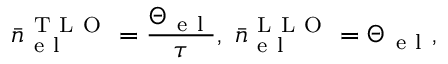
\bar { n } _ { \mathrm { ~ e ~ l ~ } } ^ { \mathrm { ~ T ~ L ~ O ~ } } = \frac { \Theta _ { \mathrm { ~ e ~ l ~ } } } { \tau } , ~ \bar { n } _ { \mathrm { ~ e ~ l ~ } } ^ { \mathrm { ~ L ~ L ~ O ~ } } = \Theta _ { \mathrm { ~ e ~ l ~ } } ,